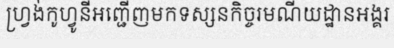
ហ្វ្រង់កូហ្វូនីអញ្ជើញមកទស្សនកិច្ចរមណីយដ្ឋានអង្គរ